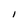
Character: I